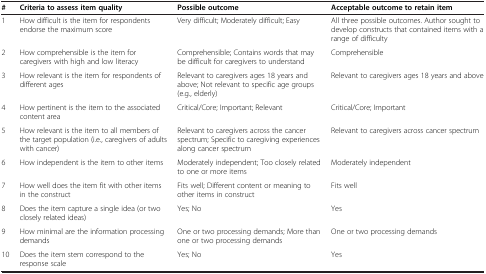
<table><thead><tr><td><b>#</b></td><td><b>Criteria to assess item quality</b></td><td><b>Possible outcome</b></td><td><b>Acceptable outcome to retain item</b></td></tr></thead><tbody><tr><td>1</td><td>How difficult is the item for respondents endorse the maximum score</td><td>Very difficult; Moderately difficult; Easy</td><td>All three possible outcomes. Author sought to develop constructs that contained items with a range of difficulty</td></tr><tr><td>2</td><td>How comprehensible is the item for caregivers with high and low literacy</td><td>Comprehensible; Contains words that may be difficult for caregivers to understand</td><td>Comprehensible</td></tr><tr><td>3</td><td>How relevant is the item for respondents of different ages</td><td>Relevant to caregivers ages 18 years and above; Not relevant to specific age groups (e.g., elderly)</td><td>Relevant to caregivers ages 18 years and above</td></tr><tr><td>4</td><td>How pertinent is the item to the associated content area</td><td>Critical/Core; Important; Relevant</td><td>Critical/Core; Important</td></tr><tr><td>5</td><td>How relevant is the item to all members of the target population (i.e., caregivers of adults with cancer)</td><td>Relevant to caregivers across the cancer spectrum; Specific to caregiving experiences along cancer spectrum</td><td>Relevant to caregivers across cancer spectrum</td></tr><tr><td>6</td><td>How independent is the item to other items</td><td>Moderately independent; Too closely related to one or more items</td><td>Moderately independent</td></tr><tr><td>7</td><td>How well does the item fit with other items in the construct</td><td>Fits well; Different content or meaning to other items in construct</td><td>Fits well</td></tr><tr><td>8</td><td>Does the item capture a single idea (or two closely related ideas)</td><td>Yes; No</td><td>Yes</td></tr><tr><td>9</td><td>How minimal are the information processing demands</td><td>One or two processing demands; More than one or two processing demands</td><td>One or two processing demands</td></tr><tr><td>10</td><td>Does the item stem correspond to the response scale</td><td>Yes; No</td><td>Yes</td></tr></tbody></table>